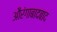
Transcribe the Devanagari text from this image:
औरंगाबादबाद